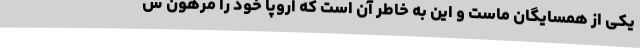
یکی از همسایگان ماست و این به خاطر آن است که اروپا خود را مرهون س